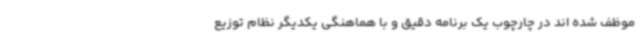
موظف شده اند در چارچوب یک برنامه دقیق و با هماهنگی یکدیگر نظام توزیع